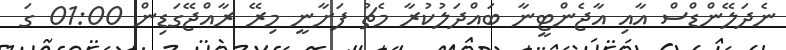
ނެދަލޭންޑްސް އާއި އާޖެންޓީނާ ބައްދަލުކުރާ މެޗު ފަށާނީ މިރޭ ރާއްޖޭގަޑިން 01:00 ގަ